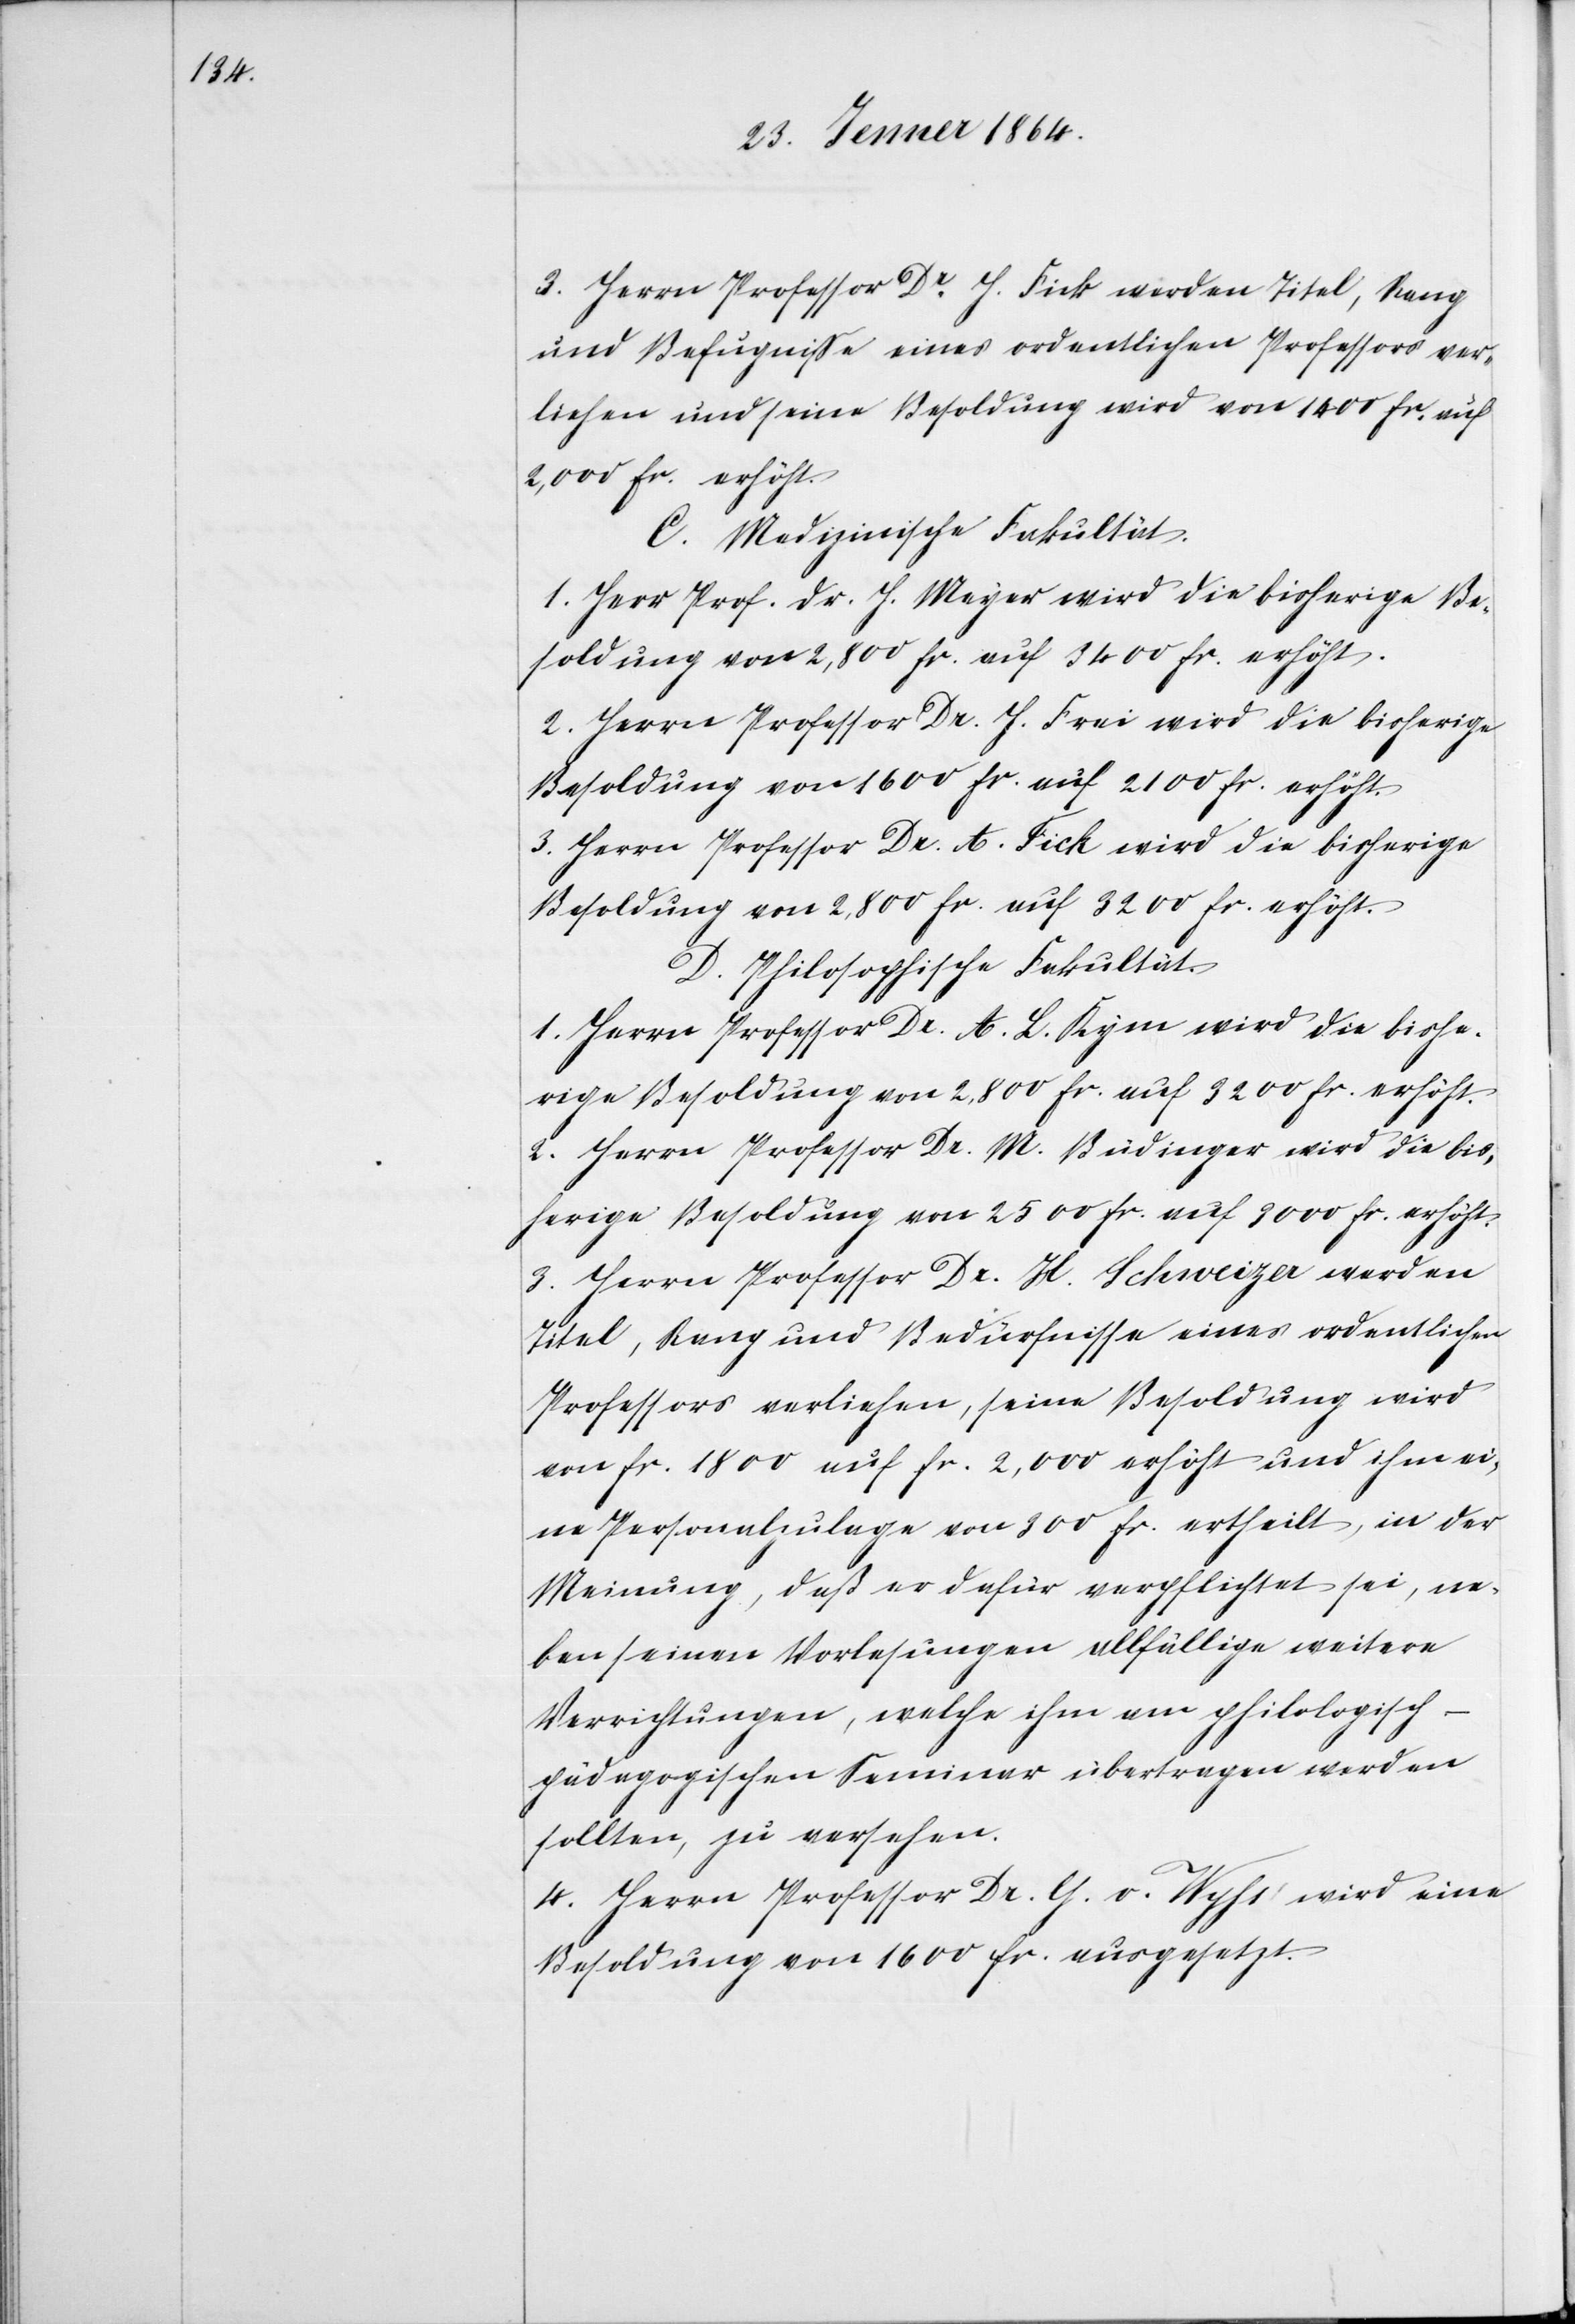
3. Herrn Professor Dr H. Fick werden Titel, Rang
und Befugnisse eines ordentlichen Professors ver¬
liehen und seine Besoldung wird von 1400 fr. auf
2,000 fr. erhöht.
C. Medizinische Fakultät.
1. Herr Prof. Dr. H. Mayer wird die bisherige Be¬
soldung von 2,800 fr. auf 3400 fr. erhöht.
2. Herrn Professor Dr. H. Frei wird die bisherige
Besoldung von 1600 fr. auf 2100 fr. erhöht.
3. Herrn Professor Dr. A. Fick wird die bisherige
Besoldung von 2,800 fr. auf 3200 fr. erhöht.
D. Philosophische Fakultät.
1. Herrn Professor Dr. A. L. Kym wird die bishe¬
erige Besoldung von 2500 fr. auf 3000 fr. erhöht.
2. Herrn Professor Dr. M. Büdinger wird die bish¬
3. Herrn Professor Dr. H. Schweizer werden
Titel, Rang und Bedürfnisse eines ordentlichen
Professors verliehen, seine Besoldung wird
von fr. 1800 auf fr. 2,000 erhöht und ihm ei¬
ne Personalzulage von 300 fr. ertheilt, in der
Meinung, daß er dafür verpflichtet sei, ne¬
ben seinen Vorlesungen allfällige weitere
Verrichtungen, welche ihm am philologisch-p¬
ädagogischen Seminar übertragen werden
sollten, zu versehen.
4. Herrn Professor Dr. G. v. Wyhs wird eine
Besoldung von 1600 fr. ausgesetzt.